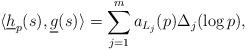
LaTeX: \begin{align*}\langle \underline{h}_p(s),\underline{g}(s)\rangle = \sum_{j=1}^m a_{L_j}(p)\Delta_j(\log p),\end{align*}